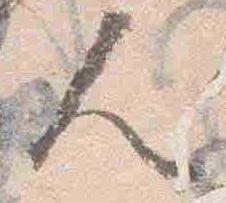
人